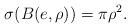
LaTeX: \begin{align*}\sigma(B(e,\rho))=\pi \rho^{2}.\end{align*}